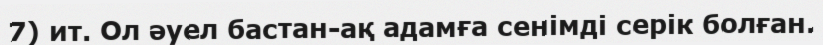
7) ит. Ол әуел бастан-ақ адамға сенімді серік болған.